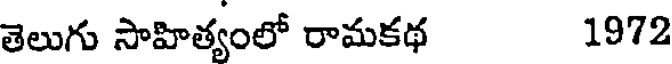
తెలుగు సాహిత్యంలో రామకథ 1972